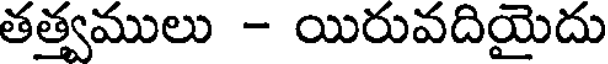
తత్వములు - యిరువదియైదు